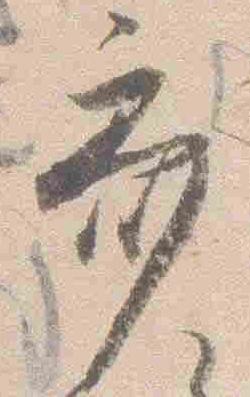
斎